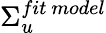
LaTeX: \Sigma_{u}^{fit\ model}